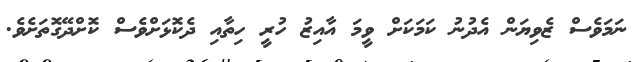
ނަމަވެސް ޒެވިޔަން އެދުނު ކަމަކަށް ވީމަ އާއިޒު ހުރީ ހިތާއި ދެކޮޅަށްވެސް ކޮށްދޭގޮތަށެވެ.